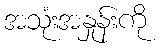
အသုံးအနှုန်းကို